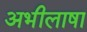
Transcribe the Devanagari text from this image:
अभीलाषा